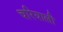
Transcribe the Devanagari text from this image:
चरियाली